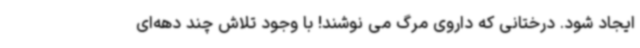
ایجاد شود. درختانی که داروی مرگ می نوشند! با وجود تلاش چند دهه‌ای